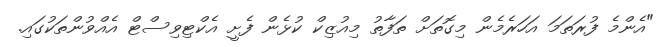
"އެންމެ ފުރަތަމަ އަހަރެމެން މިގޮތަށް ތަފާތު މިއުޒިކް ކުޅެން ފެށީ އެކްޓިވިސްޓް އެއްވުންތަކުގައި.